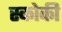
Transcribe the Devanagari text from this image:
स्‍कोकी